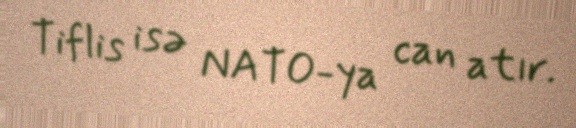
Tiflis isə NATO-ya can atır.